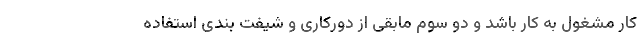
کار مشغول به کار باشد و دو سوم مابقی از دورکاری و شیفت بندی استفاده